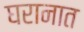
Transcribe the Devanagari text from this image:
घरानात